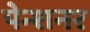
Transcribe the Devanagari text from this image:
पेन्शनर